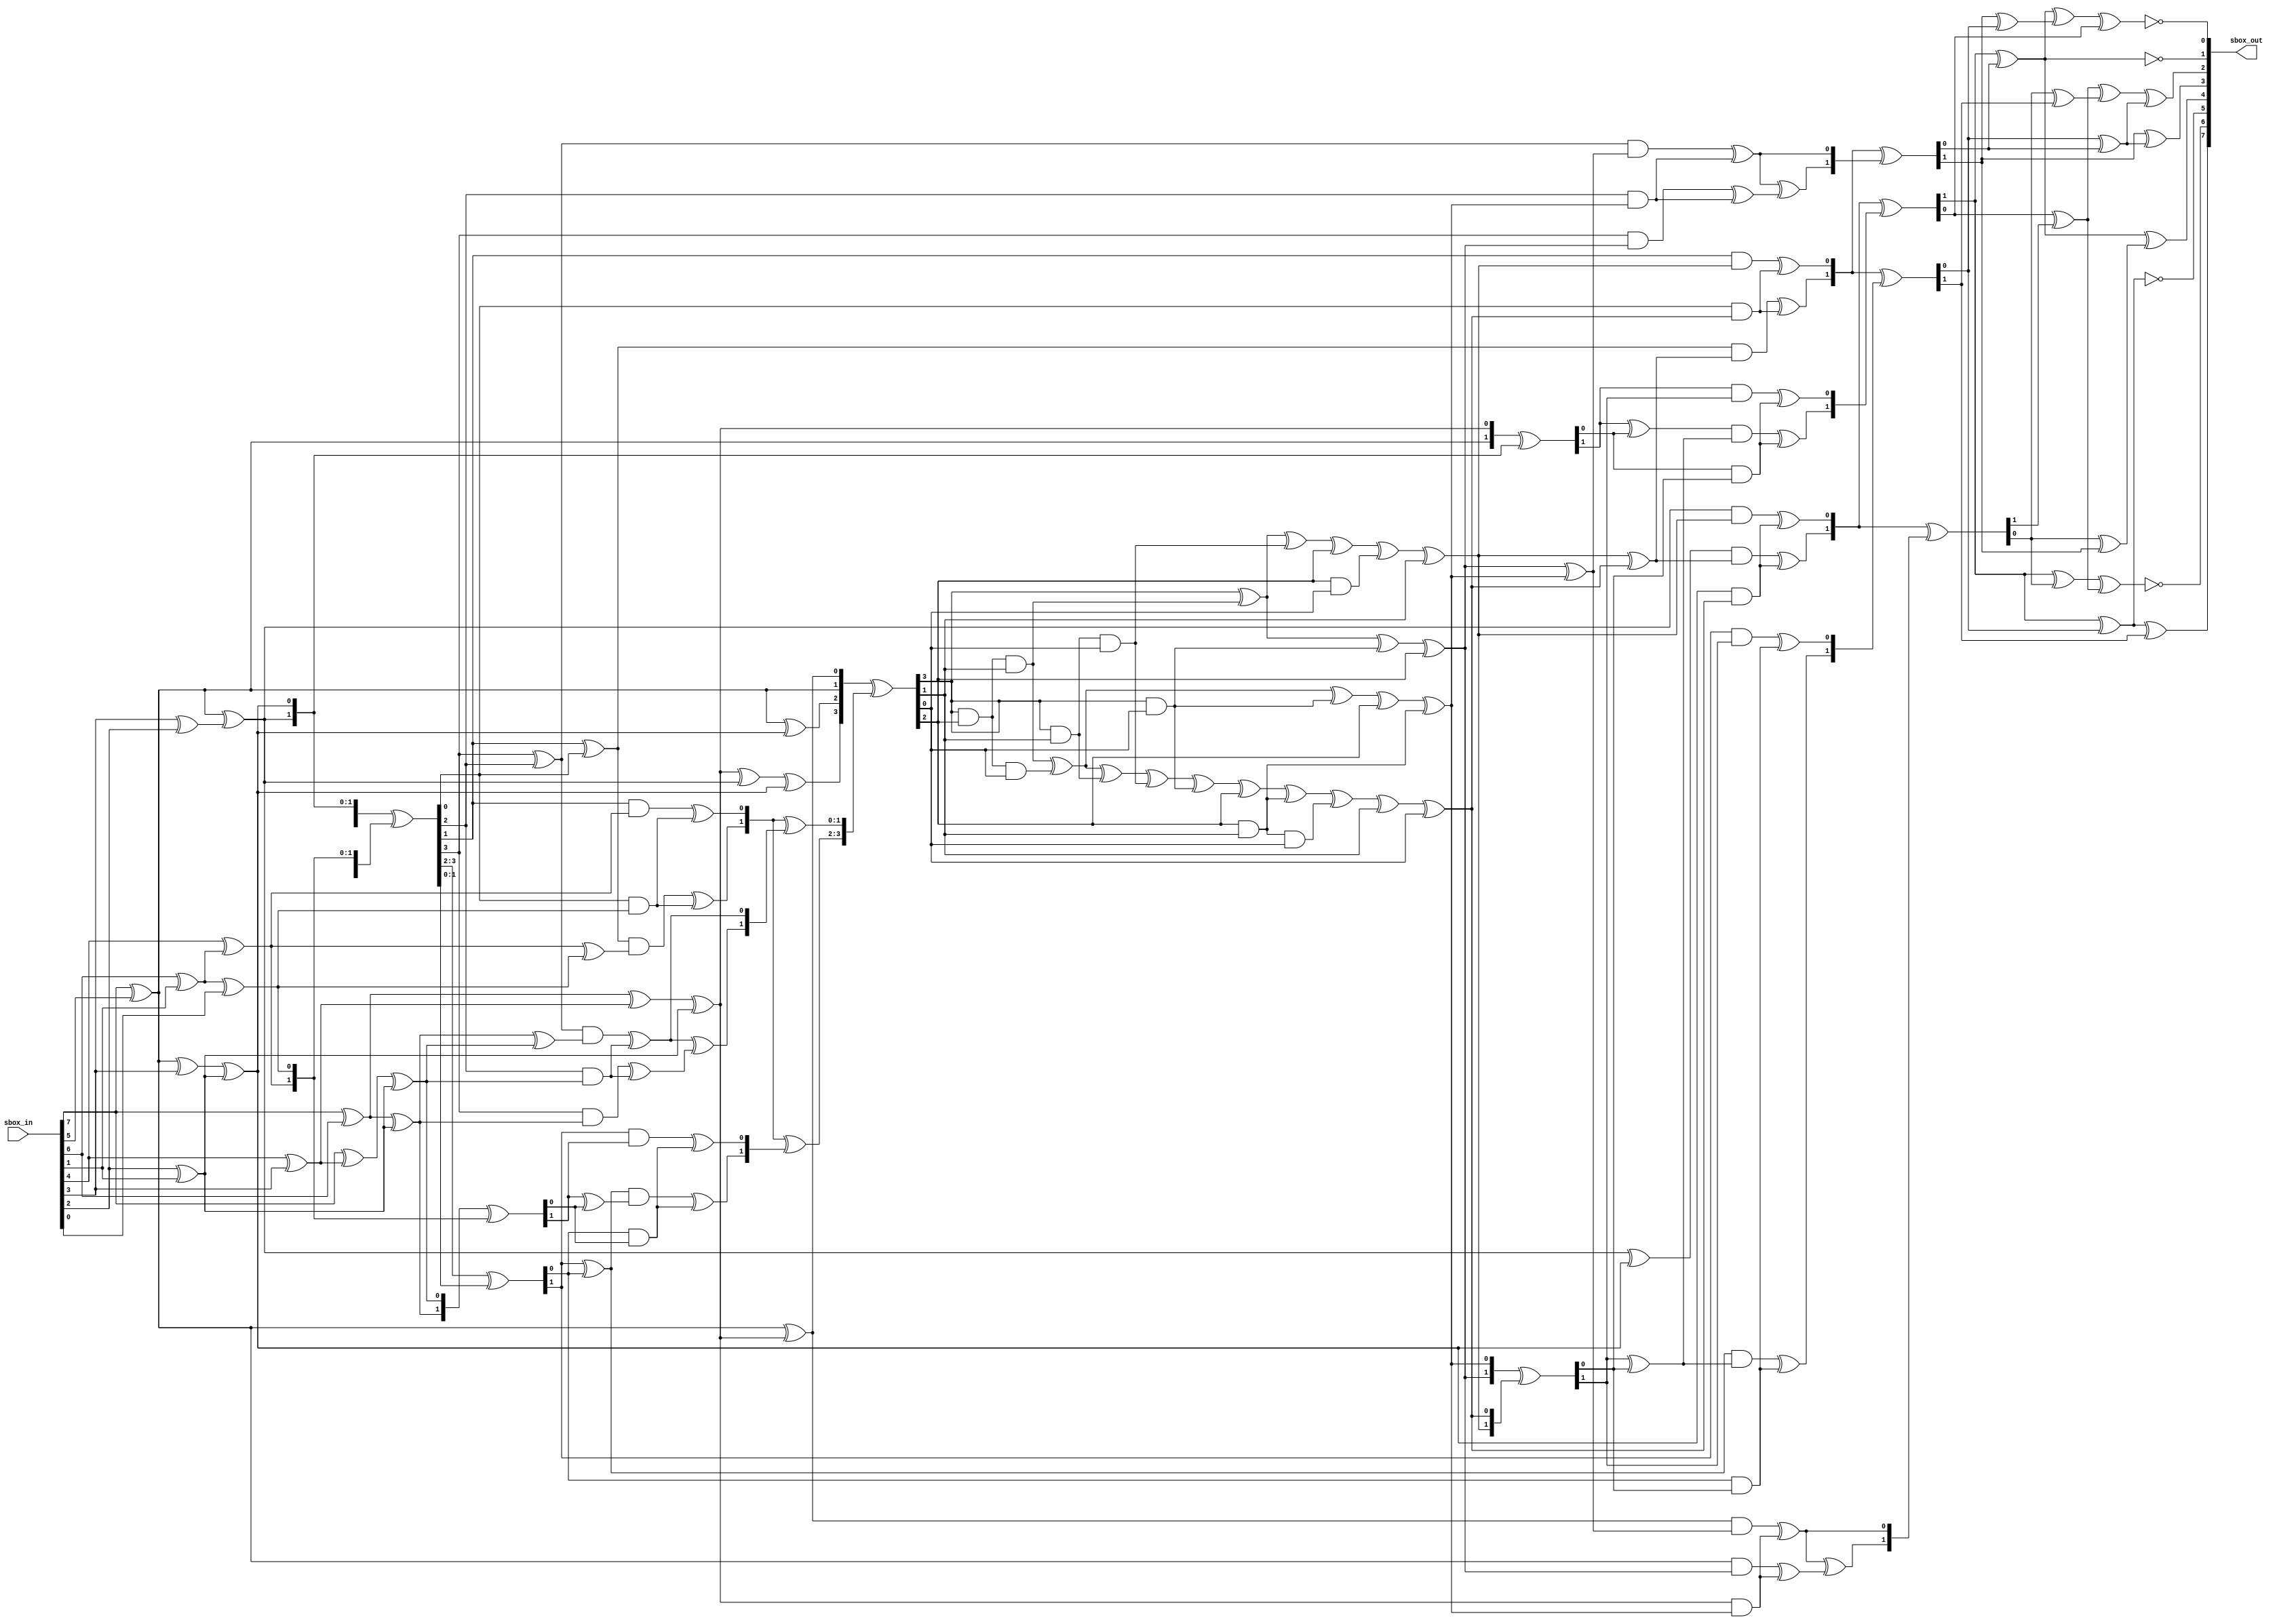
module sbox(
	input [7:0] sbox_in,
	output [7:0] sbox_out
);
	wire [3:0] iso_out_msb, iso_out_lsb, mul_inv_out, iso_out_msb_xor_iso_out_lsb;
	
	assign {iso_out_msb, iso_out_lsb} = isomorphic(sbox_in);
	assign iso_out_msb_xor_iso_out_lsb = iso_out_msb ^ iso_out_lsb;
	assign mul_inv_out = mul_inv(mul_constant_squarer(iso_out_msb) ^ (mul_4(iso_out_msb_xor_iso_out_lsb, iso_out_lsb)));
	
	assign sbox_out = aff_trans_inv_isomorphic({mul_4(iso_out_msb, mul_inv_out), mul_4(iso_out_msb_xor_iso_out_lsb, mul_inv_out)});
	
	function [7:0] isomorphic;
		input [7:0] q;
		reg [7:0] iso;
		reg q7_q5, q7_q6, q6_q1, q4_q3, q2_q1;
		begin
			q7_q5 = q[7] ^ q[5];
			q7_q6 = q[7] ^ q[6];
			q6_q1 = q[6] ^ q[1];
			q4_q3 = q[4] ^ q[3];
			q2_q1 = q[2] ^ q[1];
			iso[7] = q7_q5;
			iso[6] = q7_q6 ^ q4_q3 ^ q2_q1;
			iso[5] = q7_q5 ^ (q[3] ^ q[2]); 
			iso[4] = q7_q5 ^ q[3] ^ q2_q1; 
			iso[3] = q7_q6 ^ q2_q1;
			iso[2] = q[7] ^ q4_q3 ^ q2_q1;
			iso[1] = q[4] ^ q6_q1;
			iso[0] = q6_q1 ^ q[0];
			isomorphic = {iso[7], iso[6], iso[5], iso[4], iso[3], iso[2], iso[1], iso[0]};
		end
	endfunction
			
	function [7:0] inv_isomorphic;
		input [7:0] q;
		reg [7:0] inv_iso;
		reg q6_q5, q6_q2, q5_q4, q4_q3, q2_q1;
		begin
			q6_q5 = q[6] ^ q[5];
			q6_q2 = q[6] ^ q[2];
			q5_q4 = q[5] ^ q[4];
			q4_q3 = q[4] ^ q[3];
			q2_q1 = q[2] ^ q[1];
			inv_iso[7] = q6_q5 ^ (q[7] ^ q[1]);
			inv_iso[6] = q6_q2;
			inv_iso[5] = q6_q5 ^ q[1]; 
			inv_iso[4] = q6_q5 ^ q[4] ^ q2_q1; 
			inv_iso[3] = q[5] ^ q4_q3 ^ q2_q1;
			inv_iso[2] = q[7] ^ q4_q3 ^ q2_q1;
			inv_iso[1] = q5_q4;
			inv_iso[0] = q6_q2 ^ q5_q4 ^ q[0];
			inv_isomorphic = {inv_iso[7], inv_iso[6], inv_iso[5], inv_iso[4], inv_iso[3], inv_iso[2], inv_iso[1], inv_iso[0]};
		end
	endfunction
	
	function [3:0] squarer;
		input [3:0] q;
		squarer = {q[3], q[3] ^ q[2], q[2] ^ q[1], q[3] ^ q[1] ^ q[0]};
	endfunction
	
	function [3:0] mul_constant;
		input [3:0] q;
		reg q2_q0;
		begin
			q2_q0 = q[2] ^ q[0];
			mul_constant = {q2_q0, q2_q0 ^ (q[3] ^ q[1]), q[3], q[2]};
		end
	endfunction
	
	function [1:0] mul_2;
		input [1:0] q, w;
		reg q0_and_w0;
		begin
			q0_and_w0 = q[0] & w[0];
			mul_2 = {((q[1] ^ q[0]) & (w[1] ^ w[0])) ^ q0_and_w0 , (q[1] & w[1]) ^ q0_and_w0}; 
		end
	endfunction
	
	function [1:0] mul_constant_mul_4;
		input [1:0] q;
		mul_constant_mul_4 = {q[1] ^ q[0], q[1]};
	endfunction
	
	function [3:0] mul_4;
		input [3:0] q, w;
		reg [1:0] temp;
		begin
			temp = mul_2(q[1:0], w[1:0]);
			mul_4 = {temp ^ mul_2(q[3:2] ^ q[1:0], w[3:2] ^ w[1:0]), temp ^ mul_constant_mul_4(mul_2(q[3:2], w[3:2]))};
		end
	endfunction
	
	function [3:0] mul_inv;
		input [3:0] q;
		reg q3_q2_q1, q3_q2_q0, q3_q1_q0, q3_q0, q2_q1;
		begin
			q3_q2_q1 = q[3] & q[2] & q[1];
			q3_q2_q0 = q[3] & q[2] & q[0];
			q3_q1_q0 = q[3] & q[1] & q[0];
			q3_q0 = q[3] & q[0];
			q2_q1 = q[2] & q[1];
			mul_inv = {q[3] ^ q3_q2_q1 ^ q3_q0 ^ q[2], q3_q2_q1 ^ q3_q2_q0 ^ q3_q0 ^ q[2] ^ q2_q1, q[3] ^ q3_q2_q1 ^ q3_q1_q0 ^ q[2] ^ (q[2] & q[0]) ^q[1],
			           q3_q2_q1 ^ q3_q2_q0 ^ (q[3] & q[1]) ^ q3_q1_q0 ^ q3_q0 ^ q[2] ^ q2_q1 ^ (q[2] & q[1] & q[0]) ^ q[1] ^ q[0]};
		end
	endfunction
	
	function [7:0] aff_trans;
		input [7:0] q;
		reg q7_q6, q5_q0, q4_q3, q2_q1, q7_q6_q5_q0, q4_q3_q2_q1;
		begin
			q7_q6 = q[7] ^ q[6];
			q5_q0 = q[5] ^ q[0];
			q4_q3 = q[4] ^ q[3];
			q2_q1 = q[2] ^ q[1];
			q7_q6_q5_q0 = q7_q6 ^ q5_q0;
			q4_q3_q2_q1 = q4_q3 ^ q2_q1;
			aff_trans = {q7_q6 ^ q[5] ^ q4_q3, ~((q[6] ^ q[5]) ^ q4_q3 ^ q[2]), ~(q[5] ^ q4_q3_q2_q1), q4_q3_q2_q1 ^ q[0], (q[7] ^ q[3]) ^ q2_q1 ^ q[0],
			             q7_q6 ^ q2_q1 ^ q[0], ~(q7_q6_q5_q0 ^ q[1]), ~(q7_q6_q5_q0 ^ q[4])};
		end
	endfunction
	
	function [7:0] aff_trans_inv_isomorphic;
		input [7:0] q;
		reg q7_q2, q7_q0, q6_q5, q4_q1, q2_q0;
		begin
			q7_q2 = q[7] ^ q[2];
			q7_q0 = q[7] ^ q[0];
			q6_q5 = q[6] ^ q[5];
			q4_q1 = q[4] ^ q[1];
			q2_q0 = q[2] ^ q[0];
			aff_trans_inv_isomorphic = {q7_q2 ^	q[3], (q[7] ^ q[4]) ^ q6_q5 ^ 1'b1, q7_q2 ^ 1'b1, q7_q0 ^ q4_q1, q[1] ^ q2_q0,
			             q6_q5 ^ (q[4] ^ q[3]) ^ q2_q0, q7_q0 ^ 1'b1, q7_q0 ^ (q[1] ^ q[2]) ^ q[6] ^ 1'b1};
		end
	endfunction

	function [3:0] mul_constant_squarer;
		input [3:0] q;
		begin
			mul_constant_squarer = {q[2] ^ q[1] ^ q[0], q[3] ^ q[0], q[3], q[3] ^ q[2]};
		end
	endfunction
endmodule